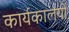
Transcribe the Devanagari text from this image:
कार्यकालयों